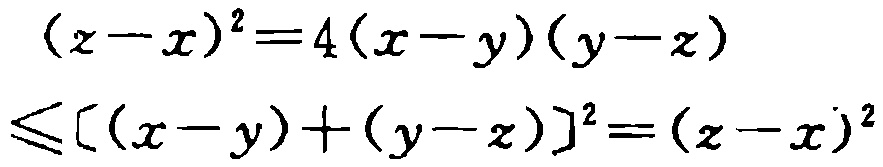
\[(z - x)^2 = 4(x - y)(y - z)\]
\[\leqslant [(x - y)+(y - z)]^2=(z - x)^2\]